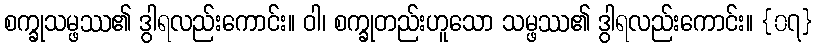
စက္ခုသမ္ဖဿ၏ ဒွါရလည်းကောင်း။ ဝါ၊ စက္ခုတည်းဟူသော သမ္ဖဿ၏ ဒွါရလည်းကောင်း။ {၀၇}